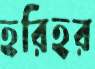
হরিহর